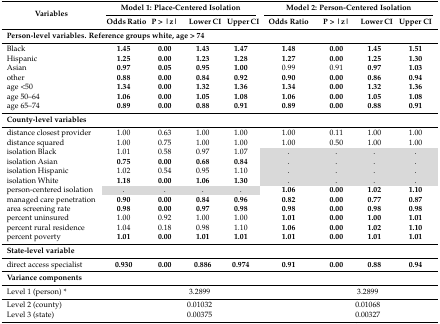
<table><thead><tr><td rowspan="2"><b>Variables</b></td><td colspan="4"><b>Model 1: Place-Centered Isolation</b></td><td colspan="5"><b>Model 2: Person-Centered Isolation</b></td></tr><tr><td><b>Odds Ratio</b></td><td><b>P &gt; |z|</b></td><td><b>Lower CI</b></td><td><b>Upper CI</b></td><td colspan="2"><b>Odds Ratio</b></td><td><b>P &gt; |z|</b></td><td><b>Lower CI</b></td><td><b>Upper CI</b></td></tr></thead><tbody><tr><td colspan="10"><b>Person-level variables. Reference groups white, age &gt; 74</b></td></tr><tr><td>Black</td><td><b>1.45</b></td><td><b>0.00</b></td><td><b>1.43</b></td><td><b>1.47</b></td><td colspan="2"><b>1.48</b></td><td><b>0.00</b></td><td><b>1.45</b></td><td><b>1.51</b></td></tr><tr><td>Hispanic</td><td><b>1.25</b></td><td><b>0.00</b></td><td><b>1.23</b></td><td><b>1.28</b></td><td colspan="2"><b>1.27</b></td><td><b>0.00</b></td><td><b>1.25</b></td><td><b>1.30</b></td></tr><tr><td>Asian</td><td><b>0.97</b></td><td><b>0.05</b></td><td><b>0.95</b></td><td><b>1.00</b></td><td colspan="2">0.99</td><td>0.91</td><td><b>0.97</b></td><td><b>1.03</b></td></tr><tr><td>other</td><td><b>0.88</b></td><td><b>0.00</b></td><td><b>0.84</b></td><td><b>0.92</b></td><td colspan="2"><b>0.90</b></td><td><b>0.00</b></td><td><b>0.86</b></td><td><b>0.94</b></td></tr><tr><td>age &lt;50</td><td><b>1.34</b></td><td><b>0.00</b></td><td><b>1.32</b></td><td><b>1.36</b></td><td colspan="2"><b>1.34</b></td><td><b>0.00</b></td><td><b>1.32</b></td><td><b>1.36</b></td></tr><tr><td>age 50–64</td><td><b>1.06</b></td><td><b>0.00</b></td><td><b>1.05</b></td><td><b>1.08</b></td><td colspan="2"><b>1.06</b></td><td><b>0.00</b></td><td><b>1.05</b></td><td><b>1.08</b></td></tr><tr><td>age 65–74</td><td><b>0.89</b></td><td><b>0.00</b></td><td><b>0.88</b></td><td><b>0.91</b></td><td colspan="2"><b>0.89</b></td><td><b>0.00</b></td><td><b>0.88</b></td><td><b>0.91</b></td></tr><tr><td colspan="10"><b>County-level variables</b></td></tr><tr><td>distance closest provider</td><td>1.00</td><td>0.63</td><td>1.00</td><td>1.00</td><td colspan="2">1.00</td><td>0.11</td><td>1.00</td><td>1.00</td></tr><tr><td>distance squared</td><td>1.00</td><td>0.75</td><td>1.00</td><td>1.00</td><td colspan="2">1.00</td><td>0.50</td><td>1.00</td><td>1.00</td></tr><tr><td>isolation Black</td><td>1.01</td><td>0.58</td><td>0.97</td><td>1.07</td><td colspan="2">.</td><td>.</td><td>.</td><td>.</td></tr><tr><td>isolation Asian</td><td><b>0.75</b></td><td><b>0.00</b></td><td><b>0.68</b></td><td><b>0.84</b></td><td colspan="2">.</td><td>.</td><td>.</td><td>.</td></tr><tr><td>isolation Hispanic</td><td>1.02</td><td>0.54</td><td>0.95</td><td>1.10</td><td colspan="2">.</td><td>.</td><td>.</td><td>.</td></tr><tr><td>isolation White</td><td><b>1.18</b></td><td><b>0.00</b></td><td><b>1.06</b></td><td><b>1.30</b></td><td colspan="2">.</td><td>.</td><td>.</td><td>.</td></tr><tr><td>person-centered isolation</td><td>.</td><td>.</td><td>.</td><td>.</td><td colspan="2"><b>1.06</b></td><td><b>0.00</b></td><td><b>1.02</b></td><td><b>1.10</b></td></tr><tr><td>managed care penetration </td><td><b>0.90</b></td><td><b>0.00</b></td><td><b>0.84</b></td><td><b>0.96</b></td><td colspan="2"><b>0.82</b></td><td><b>0.00</b></td><td><b>0.77</b></td><td><b>0.87</b></td></tr><tr><td>area screening rate</td><td><b>0.98</b></td><td><b>0.00</b></td><td><b>0.97</b></td><td><b>0.98</b></td><td colspan="2"><b>0.98</b></td><td><b>0.00</b></td><td><b>0.98</b></td><td><b>0.98</b></td></tr><tr><td>percent uninsured</td><td>1.00</td><td>0.92</td><td>1.00</td><td>1.00</td><td colspan="2"><b>1.01</b></td><td><b>0.00</b></td><td><b>1.00</b></td><td><b>1.01</b></td></tr><tr><td>percent rural residence</td><td>1.04</td><td>0.18</td><td>0.98</td><td>1.10</td><td colspan="2"><b>1.06</b></td><td><b>0.00</b></td><td><b>1.02</b></td><td><b>1.10</b></td></tr><tr><td>percent poverty</td><td><b>1.01</b></td><td><b>0.00</b></td><td><b>1.01</b></td><td><b>1.01</b></td><td colspan="2"><b>1.01</b></td><td><b>0.00</b></td><td><b>1.01</b></td><td><b>1.01</b></td></tr><tr><td colspan="10"><b>State-level variable</b></td></tr><tr><td>direct access specialist</td><td><b>0.930</b></td><td><b>0.00</b></td><td><b>0.886</b></td><td><b>0.974</b></td><td colspan="2"><b>0.91</b></td><td><b>0.00</b></td><td><b>0.88</b></td><td><b>0.94</b></td></tr><tr><td colspan="10"><b>Variance components</b></td></tr><tr><td>Level 1 (person) *</td><td colspan="5">3.2899</td><td colspan="4">3.2899</td></tr><tr><td>Level 2 (county)</td><td colspan="5">0.01032</td><td colspan="4">0.01068</td></tr><tr><td>Level 3 (state)</td><td colspan="5">0.00375</td><td colspan="4">0.00327</td></tr></tbody></table>